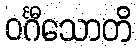
ဝင်္ဂီသောတိ